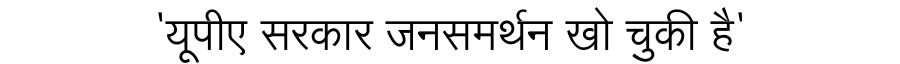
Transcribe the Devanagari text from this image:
'यूपीए सरकार जनसमर्थन खो चुकी है'